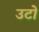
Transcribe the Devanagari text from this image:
उटो